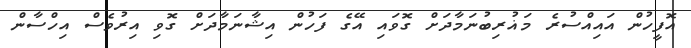
އޮފީހުން އައިއްސުރެ މަޣުރިބުނަމާދަށް ގޮވައި އޭގެ ފަހުން އިޝާނަމާދަށް ގޮވި އިރުވެސް އިހްސާން